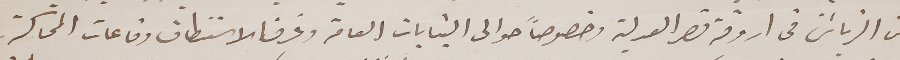
عن الزبائن فى اروقة قصر العدلية وخصوصاً حوالى البنايات العامة وغرف الاستنطاق وقاعات المحاكمة